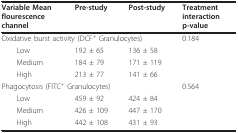
<table><thead><tr><td><b>Variable Mean flourescence channel</b></td><td><b>Pre-study</b></td><td><b>Post-study</b></td><td><b>Treatment interaction p-value</b></td></tr></thead><tbody><tr><td>Oxidative burst activity (DCF<sup>+ </sup>Granulocytes)</td><td></td><td></td><td>0.184</td></tr><tr><td> Low</td><td>192 ± 65</td><td>136 ± 58</td><td></td></tr><tr><td> Medium</td><td>184 ± 79</td><td>171 ± 119</td><td></td></tr><tr><td> High</td><td>213 ± 77</td><td>141 ± 66</td><td></td></tr><tr><td>Phagocytosis (FITC<sup>+ </sup>Granulocytes)</td><td></td><td></td><td>0.564</td></tr><tr><td> Low</td><td>459 ± 92</td><td>424 ± 84</td><td></td></tr><tr><td> Medium</td><td>426 ± 109</td><td>447 ± 170</td><td></td></tr><tr><td> High</td><td>442 ± 108</td><td>431 ± 93</td><td></td></tr></tbody></table>